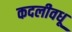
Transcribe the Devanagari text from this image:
कदलीवधू